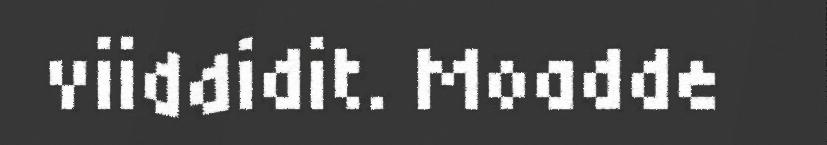
viiddidit. Moadde